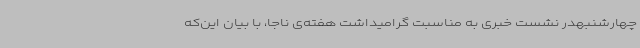
چهارشنبهدر نشست خبری به مناسبت گرامیداشت هفته‌ی ناجا، با بیان این‌که